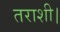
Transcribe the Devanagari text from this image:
तराशी।